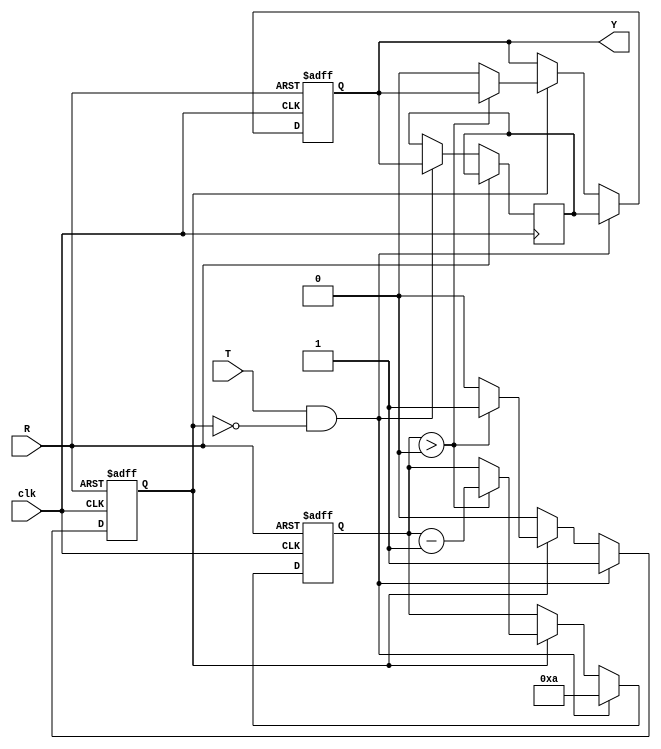
module hold_condition #(
    parameter H = 10 // Default hold time in clock cycles
)(
    input wire clk,       // Clock input
    input wire T,        // Trigger Input
    input wire R,        // Reset Input
    output reg Y         // Hold Output
);

    reg [3:0] hold_counter;  // Counter to manage hold duration
    reg hold_active;         // Flag to indicate if hold is active
    reg initial_state;       // Variable to store the initial output state on trigger

    // Sequential logic to manage the hold condition
    always @(posedge clk or posedge R) begin
        if (R) begin
            Y <= 1'b0;             // Reset output to a predefined state (0)
            hold_active <= 1'b0;   // Deactivate hold
            hold_counter <= 0;      // Reset hold counter
        end else begin
            if (T && !hold_active) begin
                initial_state <= Y; // Capture the current state of output
                Y <= initial_state;  // Hold the output state
                hold_counter <= H;    // Load the hold duration
                hold_active <= 1'b1;  // Activate hold condition
            end else if (hold_active) begin
                if (hold_counter > 0) begin
                    hold_counter <= hold_counter - 1; // Decrement hold counter
                end else begin
                    Y <= 1'b0;  // Return to default state after hold duration
                    hold_active <= 1'b0; // Deactivate hold
                end
            end
        end
    end

endmodule